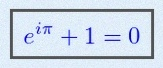
e^{i\pi}+1=0